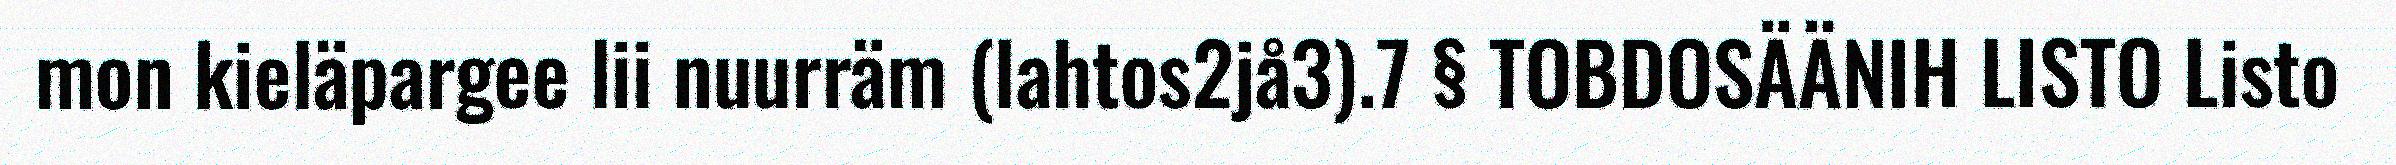
mon kieläpargee lii nuurräm (lahtos2jå3).7 § TOBDOSÄÄNIH LISTO Listo